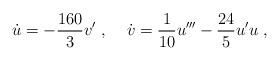
LaTeX: \begin{align*}\dot{u} = - {160\over 3} v'\;,\;\;\;\; \dot{v} = {1\over 10}u''' -{24\over 5}u'u\;,\end{align*}